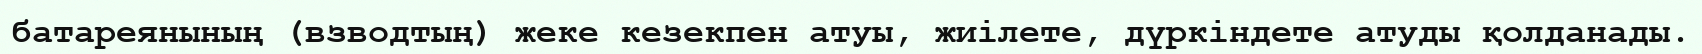
батареянының (взводтың) жеке кезекпен атуы, жиілете, дүркіндете атуды қолданады.